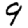
Digit: 9